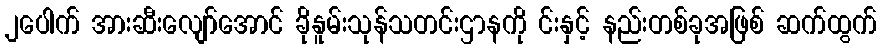
၂ပေါက် အားဆီးလျော်အောင် ခိုနူမ်းသုန်သတင်းဌာနကို င်းနှင့် နည်းတစ်ခုအဖြစ် ဆက်ထွက်